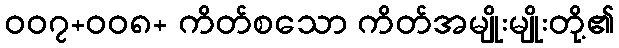
၀၀၇+၀၀၈+ ကိတ်စသော ကိတ်အမျိုးမျိုးတို့၏